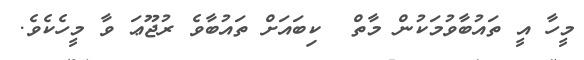
މީހާ އީ ތައުބާވުމަކުން މާތް  ކިބައަށް ތައުބާވެ ރުޖޫޢަ ވާ މީހެކެވެ.